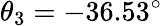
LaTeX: \theta_{3}=-36.53^{\circ}